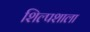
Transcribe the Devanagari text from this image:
शिल्पशाला